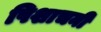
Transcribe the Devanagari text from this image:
पिशाचनी